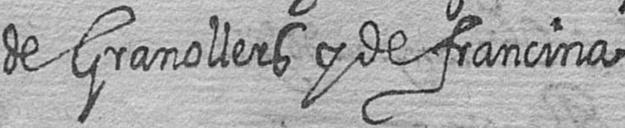
de Granollers y de francina